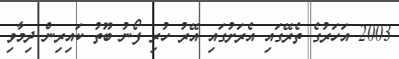
2003 އަހަރުގެ ތެރޭގައި އެރަށުގައި އޭރު ހުރި ފޯނު ބޫތު ކައިރިން ދިމާވި